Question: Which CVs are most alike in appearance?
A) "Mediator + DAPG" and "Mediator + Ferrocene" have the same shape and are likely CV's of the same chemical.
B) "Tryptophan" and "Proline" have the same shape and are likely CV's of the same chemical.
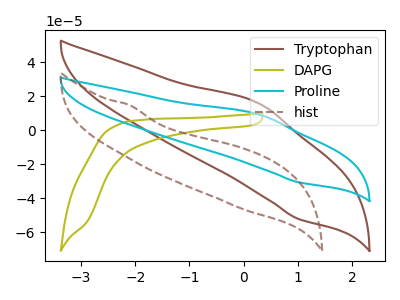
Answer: <think>The brown curve "Tryptophan" has an anodic peak at (0.30V, 15.75uA) and a cathodic peak at (1.00V, -52.20uA). The olive curve "DAPG" has no peaks. The cyan curve "Proline" has an anodic peak at (0.30V, 9.25uA) and a cathodic peak at (1.00V, -30.60uA). The brown dashed curve "hist" has no peaks.
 "Tryptophan" and "DAPG" have a different number of peaks. All the peaks in "Tryptophan" have a peak in "Proline" at the same potential. Every peak in "Tryptophan" is higher than every peak in "Proline". "Tryptophan" and "hist" have a different number of peaks. "DAPG" and "Proline" have a different number of peaks. Neither "DAPG" or "hist" have any peaks. "Proline" and "hist" have a different number of peaks.</think>
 <answer>B) "Tryptophan" and "Proline" have the same shape and are likely CV's of the same chemical.</answer>
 <eval>B</eval>